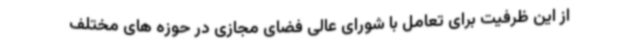
از این ظرفیت برای تعامل با شورای عالی فضای مجازی در حوزه های مختلف